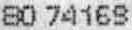
80 74169